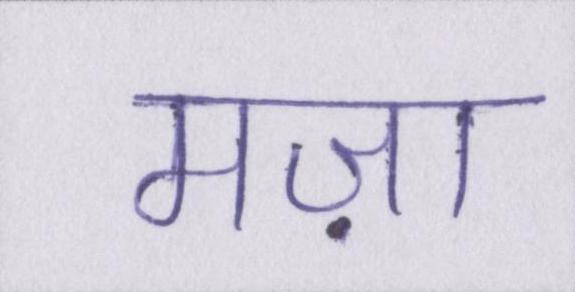
मज़ा